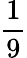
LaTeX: \frac{1}{9}